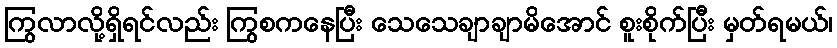
ကြွလာလို့ရှိရင်လည်း ကြွစကနေပြီး သေသေချာချာမိအောင် စူးစိုက်ပြီး မှတ်ရမယ်၊